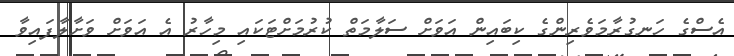
އެސްގެ ހަނގުރާމަވެރިންގެ ކިބައިން އަވަށް ސަލާމަތް ކުރުމަށްޓަކައި މިހާރު އެ އަވަށް ވަށާލާފައިވާ